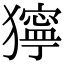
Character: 獰